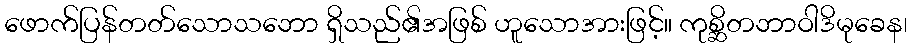
ဖောက်ပြန်တတ်သောသဘော ရှိသည်၏အဖြစ် ဟူသောအားဖြင့်။ ကုစ္ဆိတဘာဝါဒိမုခေန၊